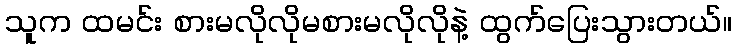
သူက ထမင်း စားမလိုလိုမစားမလိုလိုနဲ့ ထွက်ပြေးသွားတယ်။